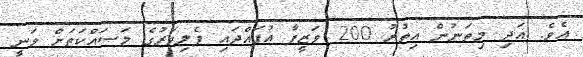
އެވެ. އަދި މިތަނުން އިތުރު 200 ވަޒީފާ އުފައްދައި ފެލިވަރުގެ މަސައްކަތަށް ވަނީ